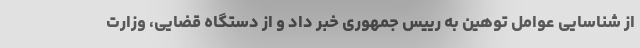
از شناسایی عوامل توهین به رییس جمهوری خبر داد و از دستگاه قضایی، وزارت